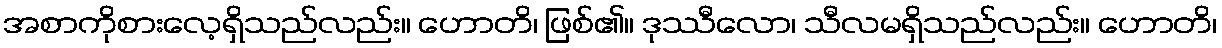
အစာကိုစားလေ့ရှိသည်လည်း။ ဟောတိ၊ ဖြစ်၏။ ဒုဿီလော၊ သီလမရှိသည်လည်း။ ဟောတိ၊